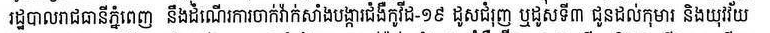
រដ្ឋបាលរាជធានីភ្នំពេញ នឹងដំណើរការចាក់វ៉ាក់សាំងបង្ការជំងឺកូវីដ-១៩ ដូសជំរុញ ឬដូសទី៣ ដូនដល់កុមារ និងយុវវ័យ